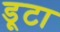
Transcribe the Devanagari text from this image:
डूटा